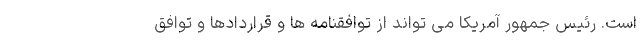
است. رئیس جمهور آمریکا می تواند از توافقنامه ها و قراردادها و توافق